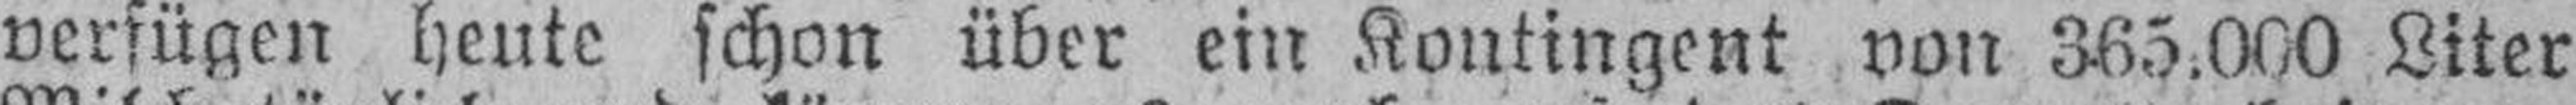
verfügen heute schon über ein Kontingent von 365.000 Liter